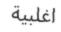
اغلبية